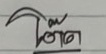
โต๊ด